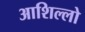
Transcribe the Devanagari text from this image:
आशिल्लो